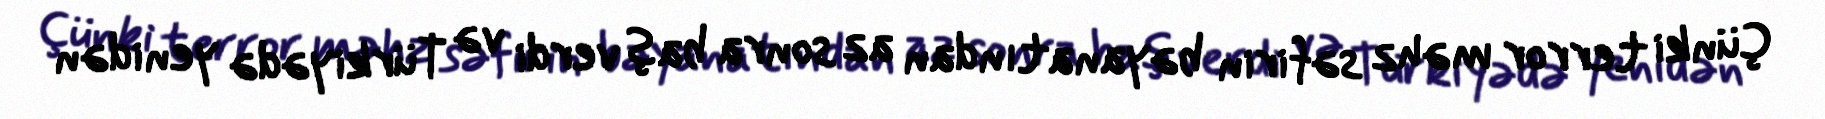
Çünki terror məhz səfirin bəyanatından az sonra baş verdi və Türkiyədə yenidən